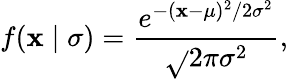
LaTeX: f(\mathbf{x}\mid\sigma)={\frac{{e^{-(\mathbf{x}-\mu)^{2}/2\sigma^{2}}}}{{\sqrt{}{{2\pi\sigma^{2}}}}}},